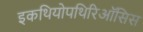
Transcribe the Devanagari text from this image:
इकथियोपथिरिऑसिस